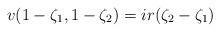
LaTeX: \begin{align*}v(1-\zeta_1,1-\zeta_2) = ir(\zeta_2-\zeta_1)\end{align*}